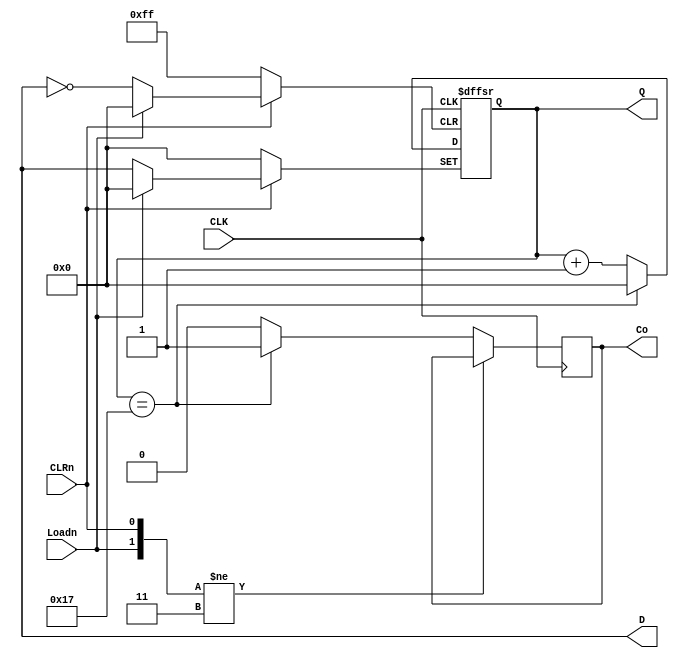
// exp 10 mod 24 counter
// mod24 -> mod10
// mod10  BCD
// modsim

// 24 -> 0001 1000 | 23 -> 0001 0111
// todo: 1. mod24
module exp10_counter(
    input wire CLK,
    input wire Loadn,// loda data enable
    input wire CLRn, //clear
    
    output reg [7:0] D, //load data
    output reg [7:0] Q, //counter
    output reg Co
);

always @(posedge CLK or negedge CLRn or negedge Loadn ) begin
    if (~CLRn)
        Q <= 0;
    else if (~Loadn)
        Q <= D;
    else begin
        Co = (Q == 5'b1_0111) ? 1 : 0;
        Q <= (Q == 5'b1_0111) ? 0 : (Q + 1'b1);
    end

end
endmodule

//----------------------------------------------------------------
// todo: 2. mod10 
// 10-> 1010 | 9 -> 1001
// module exp10_counter(
//     input wire CLK,
//     input wire Loadn,// loda data enable
//     input wire CLRn, //clear
//     output reg [7:0] D, //load data
//     output reg [7:0] Q, //counter
//     output reg Co
// );

// always @(posedge CLK or negedge CLRn or negedge Loadn ) begin
//     if (~CLRn)
//         Q <= 0;
//     else if (~Loadn)
//         Q <= D;
//     else begin
//         Co = (Q == 5'b0_1001) ? 1 : 0;
//         Q <= (Q == 5'b0_1001) ? 0 : (Q + 1'b1);
//     end

// end
// endmodule